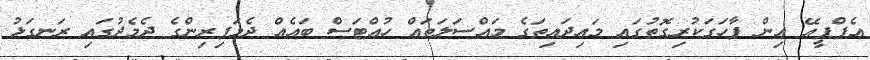
އެފްޕީއޭ އިން ފާހަގަކުރިގޮތުގައި މައިދައިތަގެ މައްސަލަތައް ހުއްޓަސް ބައެއް ދެމަފިރިންގެ ދެމެދުގައި ރަނގަޅު